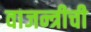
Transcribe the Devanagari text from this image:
वाजन्त्रीची